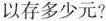
以存多少元？